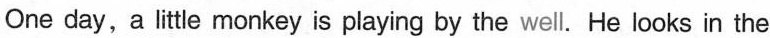
One day, a litte monkey is playing by the